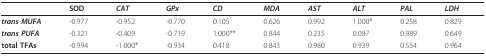
|  | SOD | CAT | GPx | CD | MDA | AST | ALT | PAL | LDH |
 | --- | --- | --- | --- | --- | --- | --- | --- | --- | --- |
 | trans MUFA | -0.977 | -0.952 | -0.770 | 0.105 | 0.626 | 0.992 | 1.000* | 0.258 | 0.829 |
 | trans PUFA | -0.321 | -0.409 | -0.719 | 1.000** | 0.844 | 0.235 | 0.087 | 0.989 | 0.649 |
 | total TFAs | -0.994 | -1.000* | -0.934 | 0.418 | 0.843 | 0.980 | 0.939 | 0.554 | 0.964 |